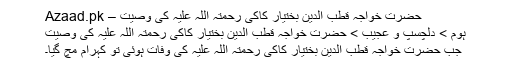
حضرت خواجہ قطب الدین بختیار کاکی رحمتہ اللہ علیہ کی وصیت – Azaad.pk
ہوم > دلچسپ و عجیب > حضرت خواجہ قطب الدین بختیار کاکی رحمتہ اللہ علیہ کی وصیت
جب حضرت خواجہ قطب الدین بختیار کاکی رحمتہ اللہ علیہ کی وفات ہوئی تو کہرام مچ گیا۔